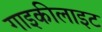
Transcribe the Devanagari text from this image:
गाइकीलाइट